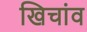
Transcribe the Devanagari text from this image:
खिचांव